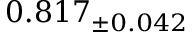
0 . 8 1 7 _ { \pm 0 . 0 4 2 }